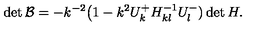
\det { \cal B } = - k ^ { - 2 } \big ( 1 - k ^ { 2 } U _ { k } ^ { + } H _ { k l } ^ { - 1 } U _ { l } ^ { - } ) \det H .